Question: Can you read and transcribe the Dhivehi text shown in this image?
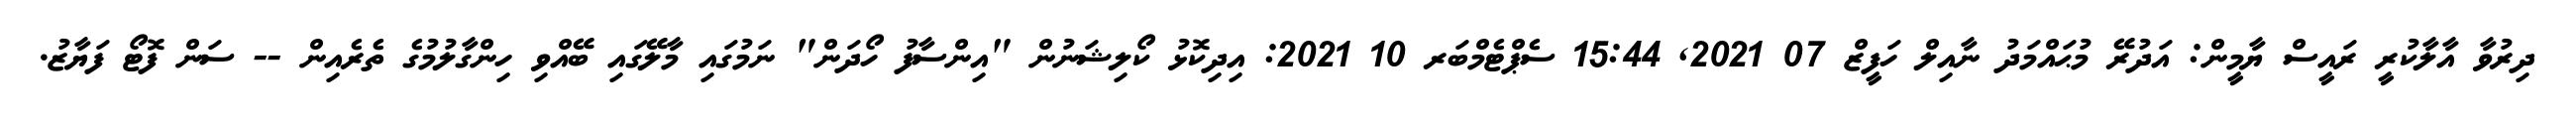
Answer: ދިރުވާ އާލާކުރީ ރައީސް ޔާމީން: އަދުރޭ މުޙައްމަދު ނާއިލް ހަފީޒް 07 2021, 15:44 ސެޕްޓެމްބަރ 10 2021: އިދިކޮޅު ކޯލިޝަނުން "އިންސާފު ހޯދަން" ނަމުގައި މާލޭގައި ބޭއްވި ހިންގާލުމުގެ ތެރެއިން -- ސަން ފޮޓޯ ފަޔާޒު.